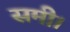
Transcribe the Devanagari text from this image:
समी।